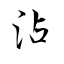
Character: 沾